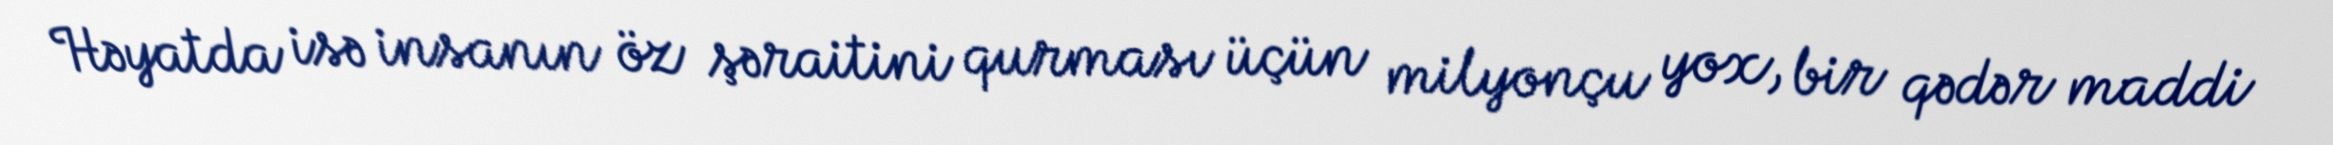
Həyatda isə insanın öz şəraitini qurması üçün milyonçu yox, bir qədər maddi